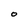
Character: O